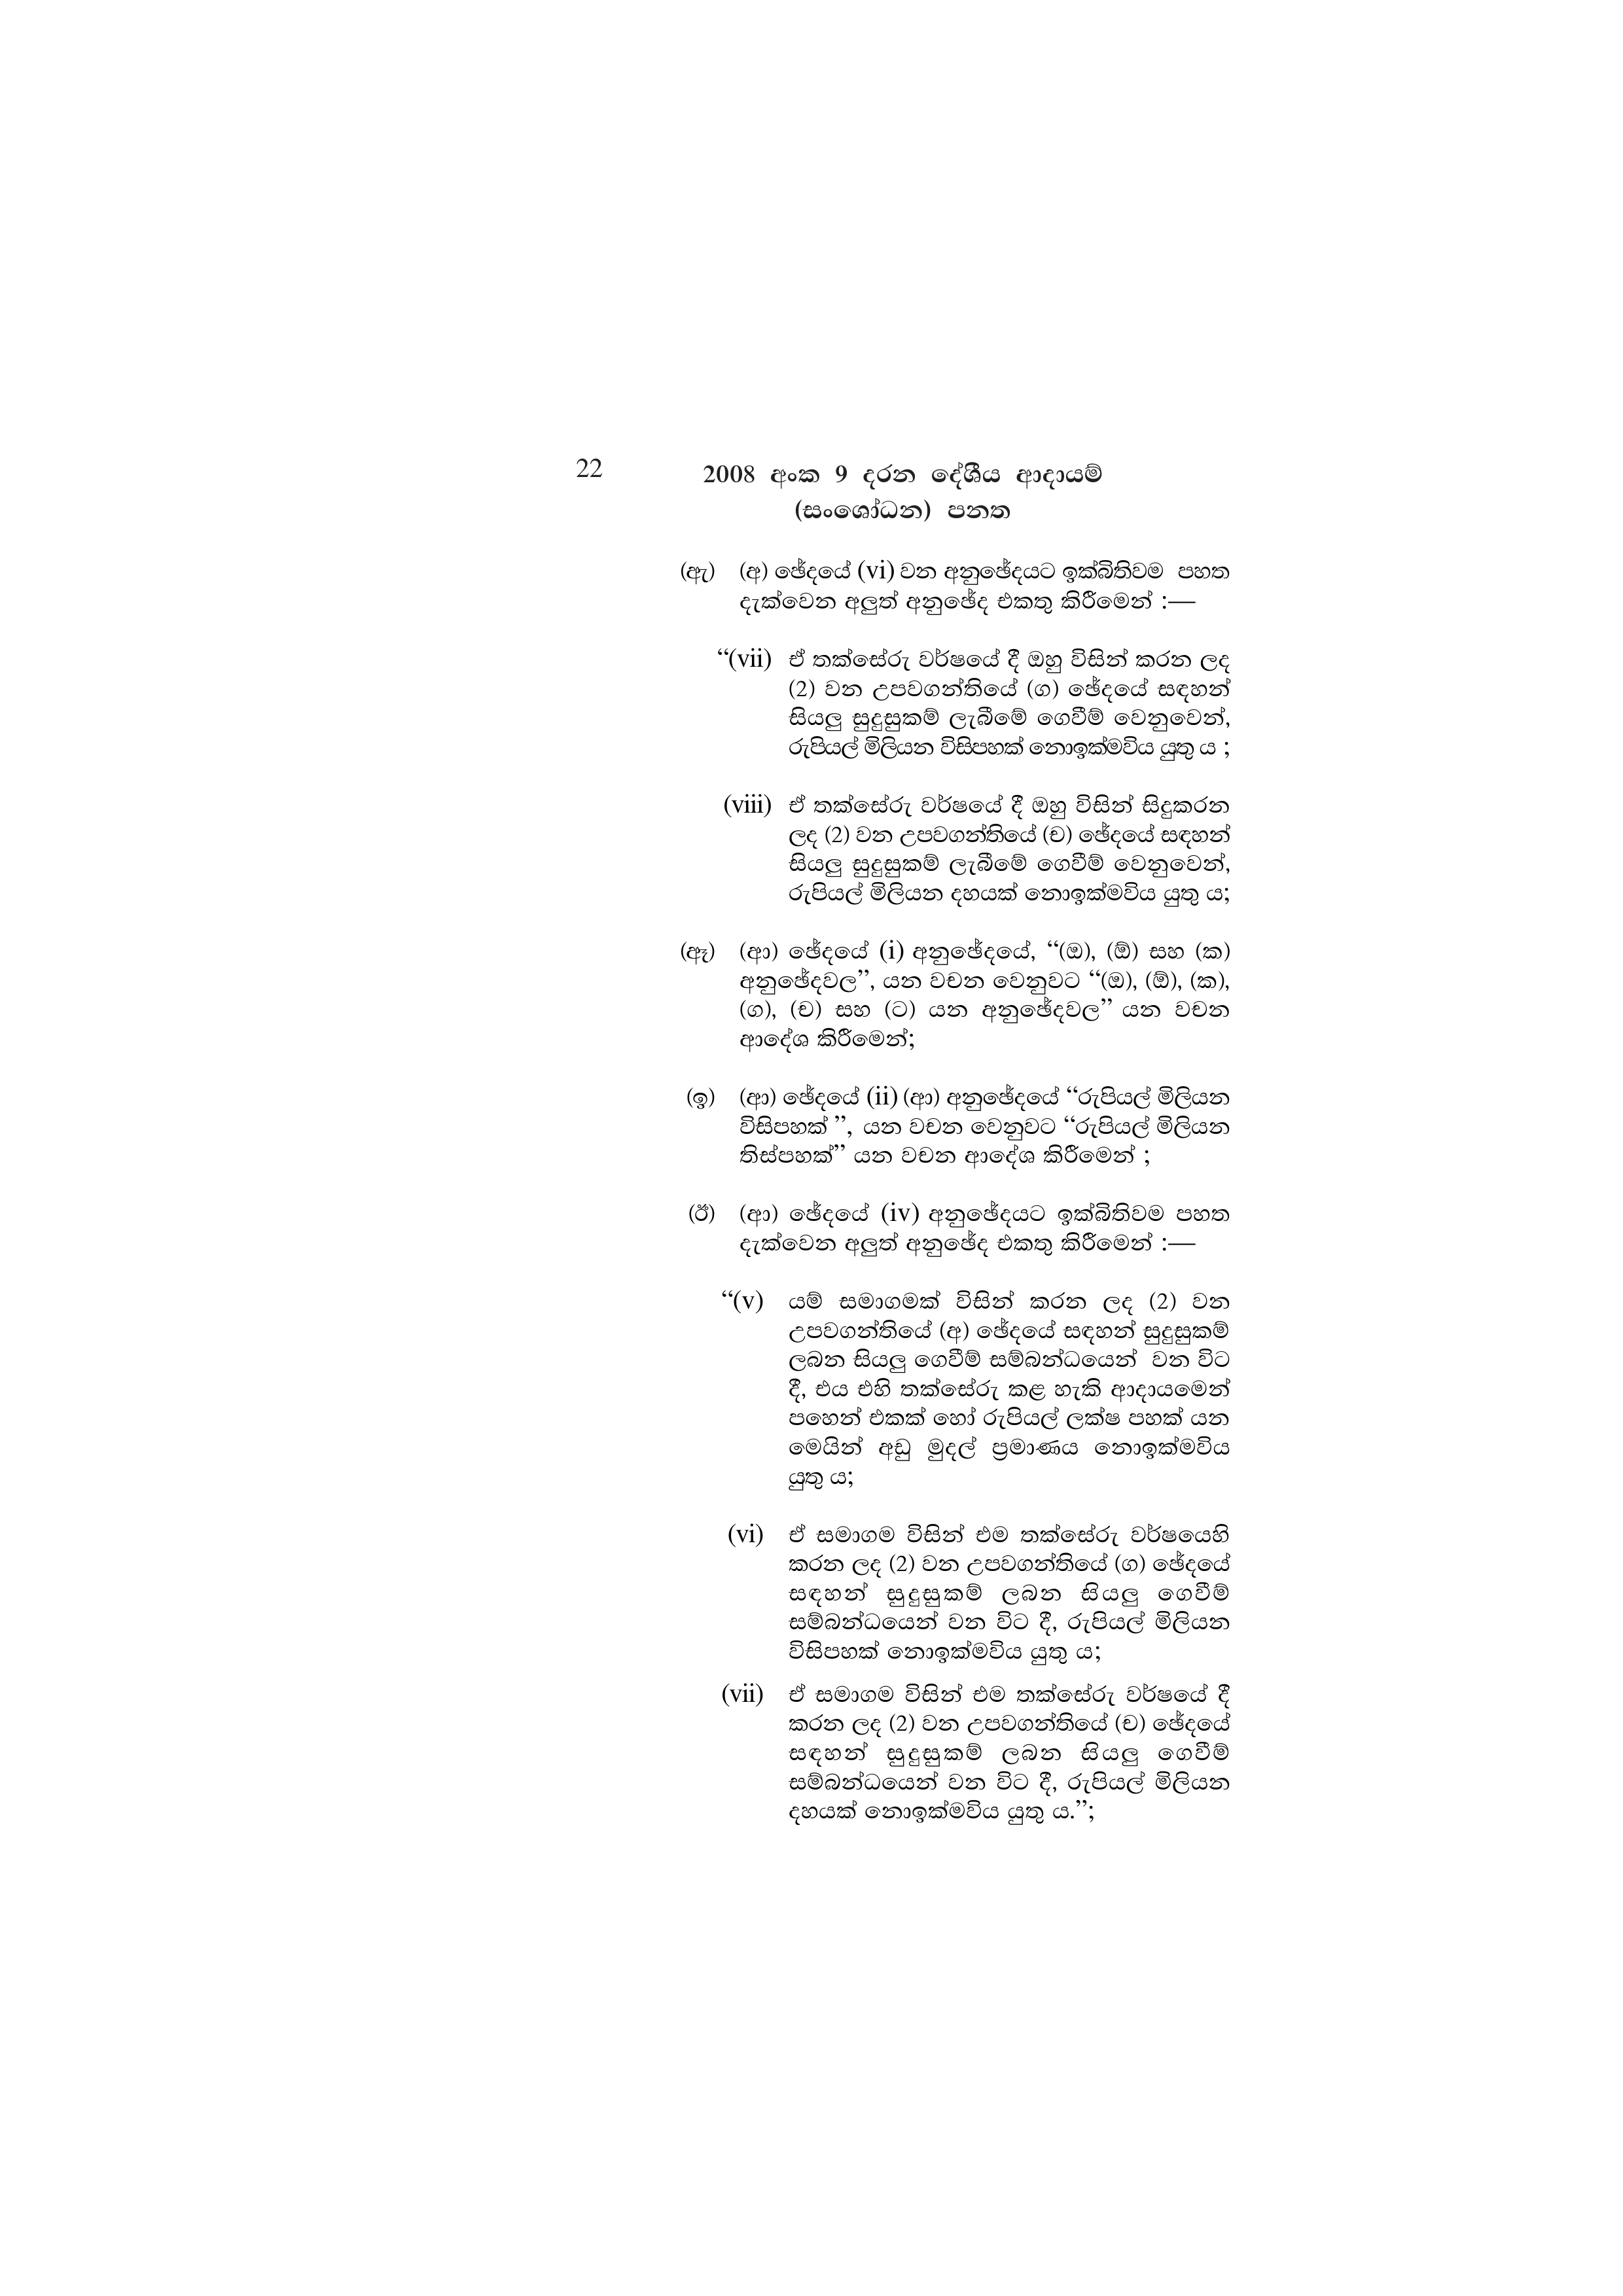
22 2008 අංක 9 දරන දේශීය ආදායම්
(සංශෝධන) පනත

(ඇ) (අ) ඡේදයේ (vi) වන අනුඡේදයට ඉක්බිතිවම පහත
දැක්වෙන අලුත් අනුඡේද එකතු කිරීමෙන් :—

“(vii) ඒ තක්සේරු වර්ෂයේ දී ඔහු විසින් කරන ලද
(2) වන උපවගන්තියේ (ග) ඡේදයේ සඳහන්
සියලු සුදුසුකම් ලැබීමේ ගෙවීම් වෙනුවෙන්,
රුපියල් මිලියන විසිපහක් නොඉක්මවිය යුතු ය ;

(viii) ඒ තක්සේරු වර්ෂයේ දී ඔහු විසින් සිදුකරන
ලද (2) වන උපවගන්තියේ (ච) ඡේදයේ සඳහන්
සියලු සුදුසුකම් ලැබීමේ ගෙවීම් වෙනුවෙන්,
රුපියල් මිලියන දහයක් නොඉක්මවිය යුතු ය;

(ඈ) (ආ) ඡේදයේ (i) අනුඡේදයේ, “(ඔ), (ඕ) සහ (ක)
අනුඡේදවල”, යන වචන වෙනුවට “(ඔ), (ඕ), (ක),
(ග), (ච) සහ (ට) යන අනුඡේදවල” යන වචන
ආදේශ කිරීමෙන්;

(ඉ) (ආ) ඡේදයේ (ii) (ආ) අනුඡේදයේ “රුපියල් මිලියන
විසිපහක් ”, යන වචන වෙනුවට “රුපියල් මිලියන
තිස්පහක්” යන වචන ආදේශ කිරීමෙන් ;

(ඊ) (ආ) ඡේදයේ (iv) අනුඡේදයට ඉක්බිතිවම පහත
දැක්වෙන අලුත් අනුඡේද එකතු කිරීමෙන් :—

“(v) යම් සමාගමක් විසින් කරන ලද (2) වන
උපවගන්තියේ (අ) ඡේදයේ සඳහන් සුදුසුකම්
ලබන සියලු ගෙවීම් සම්බන්ධයෙන් වන විට
දී, එය එහි තක්සේරු කළ හැකි ආදායමෙන්
පහෙන් එකක් හෝ රුපියල් ලක්ෂ පහක් යන
මෙයින් අඩු මුදල් ප්‍රමාණය නොඉක්මවිය
යුතු ය;

(vi) ඒ සමාගම විසින් එම තක්සේරු වර්ෂයෙහි
කරන ලද (2) වන උපවගන්තියේ (ග) ඡේදයේ
සඳහන් සුදුසුකම් ලබන සියලු ගෙවීම්
සම්බන්ධයෙන් වන විට දී, රුපියල් මිලියන
විසිපහක් නොඉක්මවිය යුතු ය;

(vii) ඒ සමාගම විසින් එම තක්සේරු වර්ෂයේ දී
කරන ලද (2) වන උපවගන්තියේ (ච) ඡේදයේ
සඳහන් සුදුසුකම් ලබන _ සියලු ගෙවීම්
සම්බන්ධයෙන් වන විට දී, රුපියල් මිලියන
දහයක් නොඉක්මවිය යුතු ය.”;